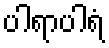
ပါရာပါရံ